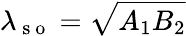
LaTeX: \lambda_{\mathrm{~s~o~}}=\sqrt{A_{1}B_{2}}